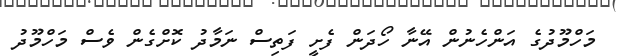
މަހްމޫދުގެ އަންހެނުން އޭނާ ހޯދަން ފެށީ ފަތިސް ނަމާދު ކޮށްގެން ވެސް މަހްމޫދު